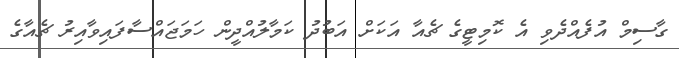
ގާސިމް އުފެއްދެވި އެ ކޮމިޓީގެ ޗެއާ އަކަށް އަބުދު ކަމާލުއްދީން ހަމަޖައްސާފައިވާއިރު ޗެއާގެ